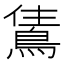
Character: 𬷗